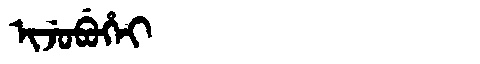
Manchu: ᡳᠵᡠᠪᡠᡥᡝᡳ
Romanization: IJUBUHEI